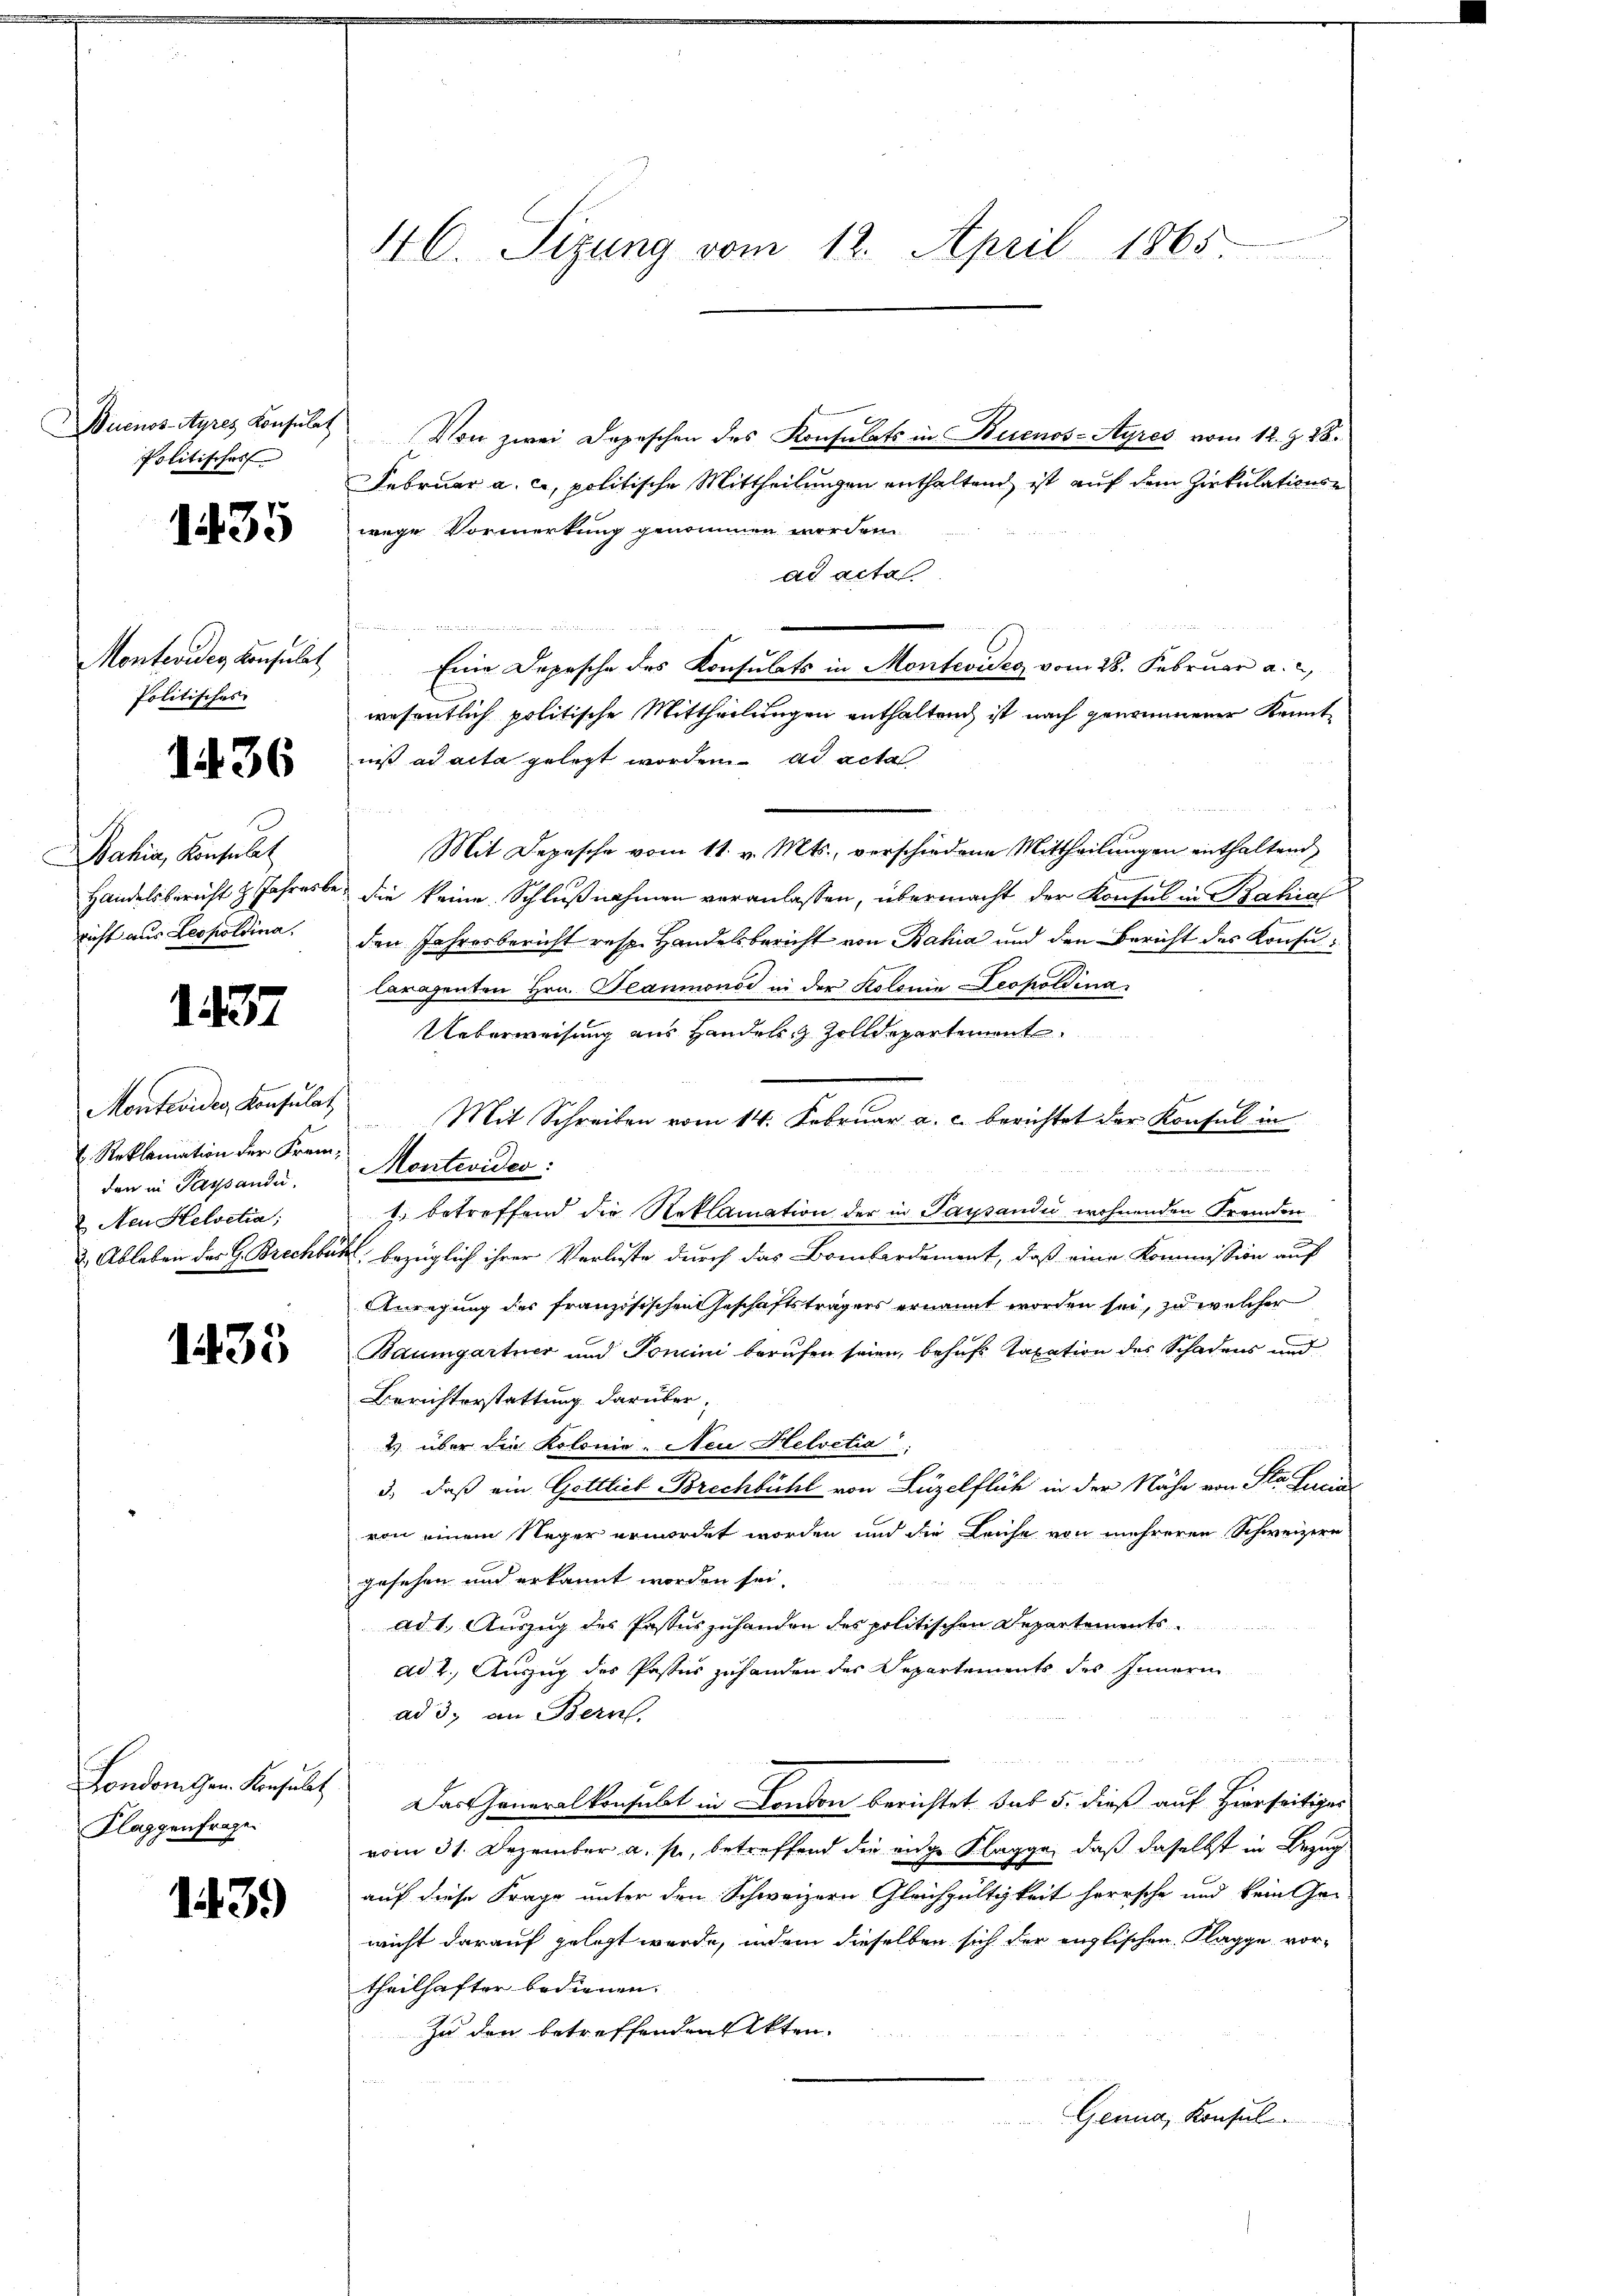
Politisches

1435

Monteviden Konsulat
Politisches

Dahin, Konsulat
richt aus Leopoldina.

1437

Montevider Konsulat
 Reklamation der Fremden in Passandi
Aen Helvetia,

1433

London Gem. Konsult
Klaggenfrage

1439)

4 C. Sizung vom 12. April 1865

Buenos-Ayres Konsulat Von zwei Depeschen des Konsulats in Buenos-Ayres vom 12. d. 28.
Februar a. c., politische Mittheilungen enthaltend ist auf dem Zirkulationswege Vormerkung genommen werden.
ad actal
Eine Depesche des Konsulats in Montevideg vom 28. Februar a. c.
wesentlich politische Mittheilungen enthalten ist nach genommener Kennt¬
26 ist ad acta gelegt worden. ad actal
Mit Depesche vom 11. v. Mts., verschiedene Mittheilungen enthaltend
Handelsbericht 2 Jahresbe, die keine Schlußnahmen veranlassen, übermacht der Konsul in Bahial
den Jahresbericht resp. Handelsbericht von Bahia und den Bericht des Konsularagenten Hrn. Beaumonod in der Kolonia Leopoldina
Ueberweisung aus Handels- & Zolldepartement
Mit Schreiben vom 14. Februar a. c. berichtet der Konsul in
Montevideo:
J. betreffend die Reklamation der in Pausandi wohnenden Fremden
& Ableben des G. Brechbar bezüglich ihrer Verluste durch das Bombardement, daß eine Kommission auf
Anregung des französischen Geschäftsträgers ernannt worden sei, zu welcher
Baumgartner und Tomini berufen seien, behufs Taxation des Schadens und
Berichterstattung darüber,
2 über die Kolonie. Neu Helvetia,
3., daß ein Gottlieb Brechbühl von Luzelflich in der Nähe von Sta Frau
von einem Neger ermordet worden und die Leiche von mehreren Schweizern
gesehen und erkannt worden sei.
ad 1. Auszug des Pastus zuhanden des politischen Departementsad 2. Auszug des Pastes zuhanden des Departements des Innern
ad 3. an Bern.
Das Generalkonsulat in London berichtet sub 5. dieß auf hierseitiger
vom 31. Dezember a. p., betreffend die eige Klagge, daß daselbst in Bezug
auf diese Frage unter den Schweizern Gleichgültigkeit herrsche und kein Gewicht darauf gelegt werde, indem dieselben sich der englischen Klagge vortheilhafter bedienen.
zu den betreffenden Akten.
Genua, Konsul